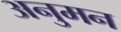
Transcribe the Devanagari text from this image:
अनुमन